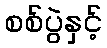
စစ်ပွဲနှင့်